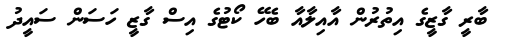
ބާރީ ގާޒީގެ އިތުރުން އާއިލާއާ ބެހޭ ކޯޓުގެ އިސް ގާޒީ ހަސަން ސައީދު